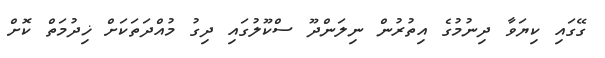
ގޭގައި ކިޔަވާ ދިނުމުގެ އިތުރުން ނިލަންދޫ ސްކޫލުގައި ދިގު މުއްދަތަކަށް ޚިދުމަތް ކޮށް